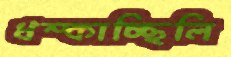
ধম্‌কাচ্ছিলি